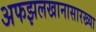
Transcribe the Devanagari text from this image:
अफझलखानासारख्या